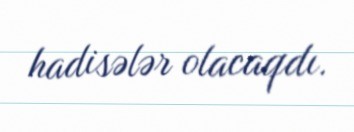
hadisələr olacaqdı.